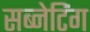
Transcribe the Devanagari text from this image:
सब्नेटिंग